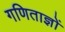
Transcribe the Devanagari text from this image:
गणिताज्ञों